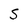
Character: S